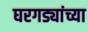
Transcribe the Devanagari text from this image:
घरगड्यांच्या